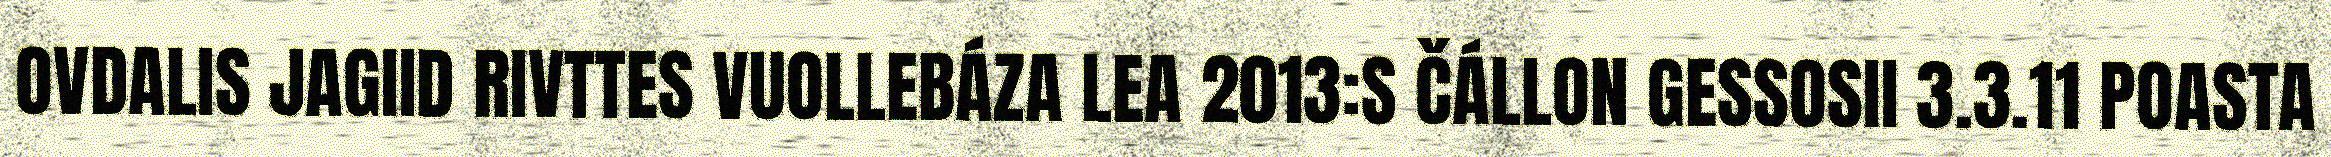
OVDALIS JAGIID RIVTTES VUOLLEBÁZA LEA 2013:S ČÁLLON GESSOSII 3.3.11 POASTA